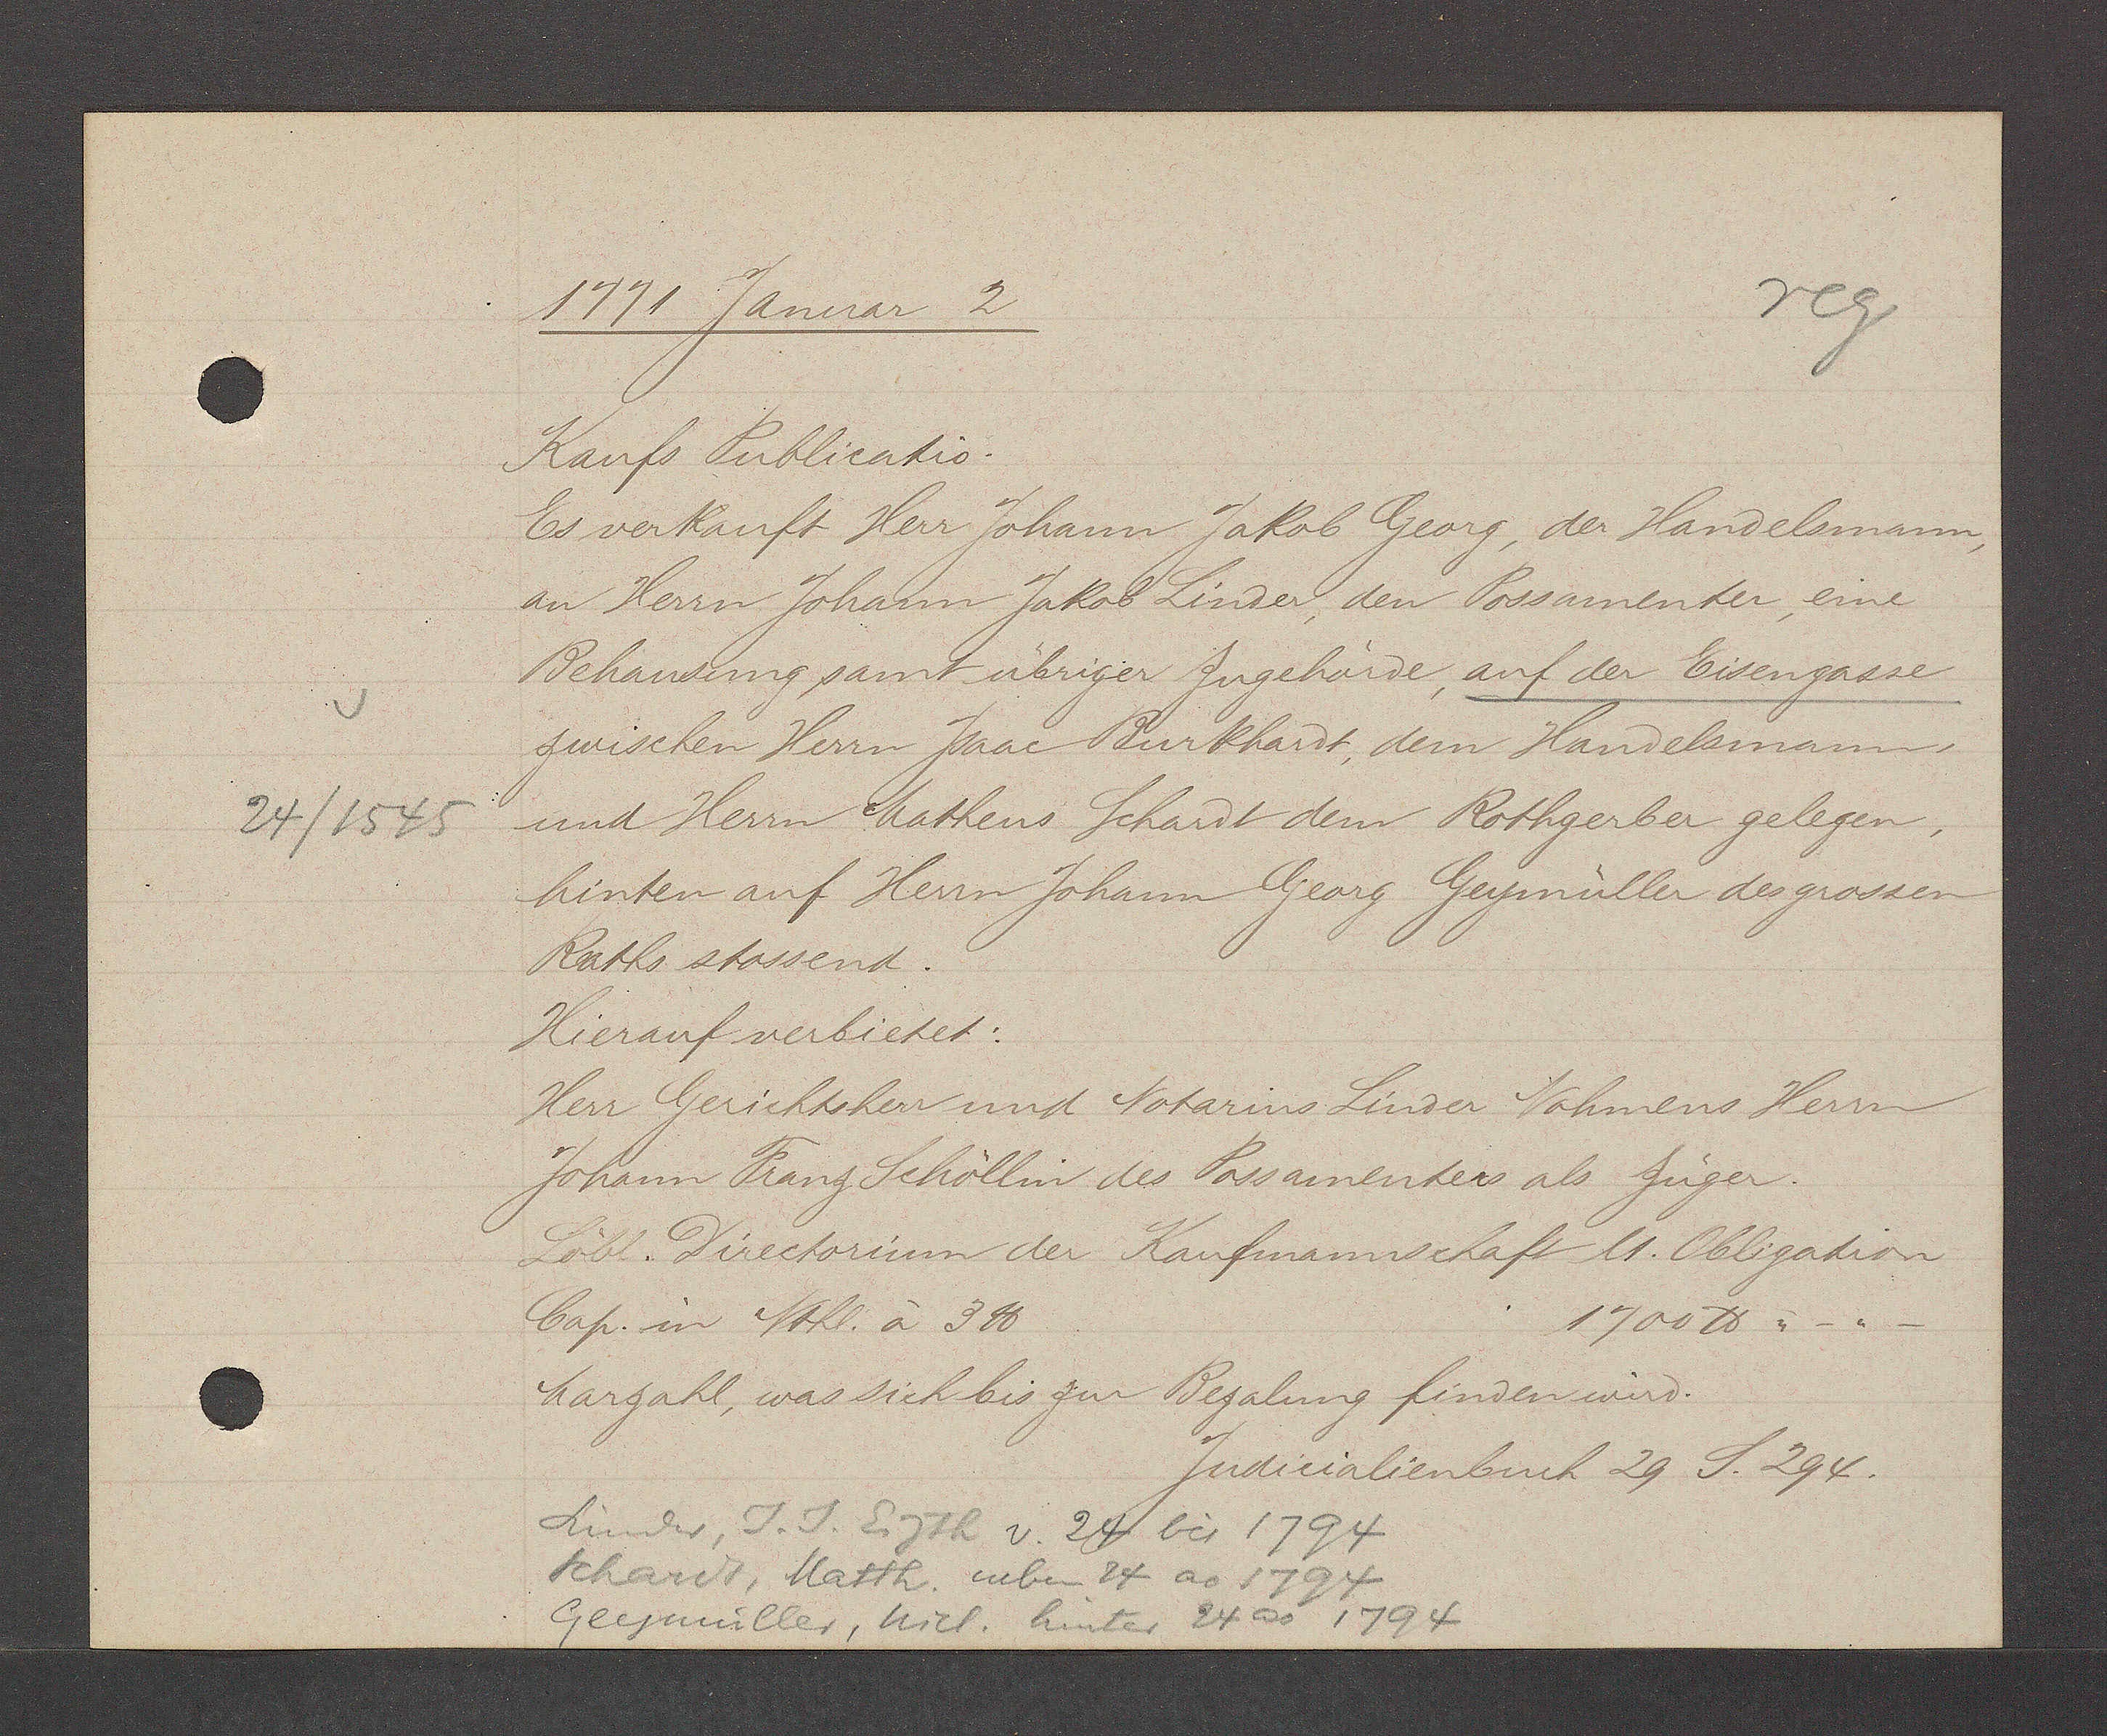
Transcript:
24/1525

1771 Januar 2
Kaufs Publicatio.
Es verkauft Herr Johann Jakob Georg, der Handelsmann,
an Herrn Johann Jakob Linder, den Possamenter, eine
Behausung samt übriger Zugehörde, auf der Eisengasse
zwischen Herrn Jsaac Burkhardt, dem Handelsmann,
und Herrn Matheus Schardt dem Rothgerber gelegen,
hinten auf Herrn Johann Georg Geymnüller des grossen
Raths stossend.
Hierauf verbietet:
Herr Gerichtshen und Notarius Linder Nahmens Herrn
Jokann Franz Schöllin des Possamenters als Züger.
Löbl. Directorium der Kaufmannschaft U. Obligation
1700 ℔ .-.-
Cap: in Nthl. à 3℔
Marzahl, was sich bis zur Bezalung finden wird.
Judicialienbuch 29 S. 294.
Linder, J. J. Eigth v. 24 bis 1794
Schardt, Math. neben 24 ao 1794
Geymüller, nicl. hinter 24 ao 1794